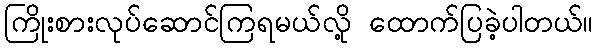
ကြိုးစားလုပ်ဆောင်ကြရမယ်လို့ ထောက်ပြခဲ့ပါတယ်။